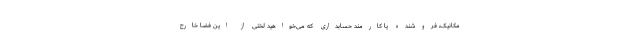
مکانیک، فروشنده یا کارمند حسابداری که می‌خواهید لَختی از این فضا خارج